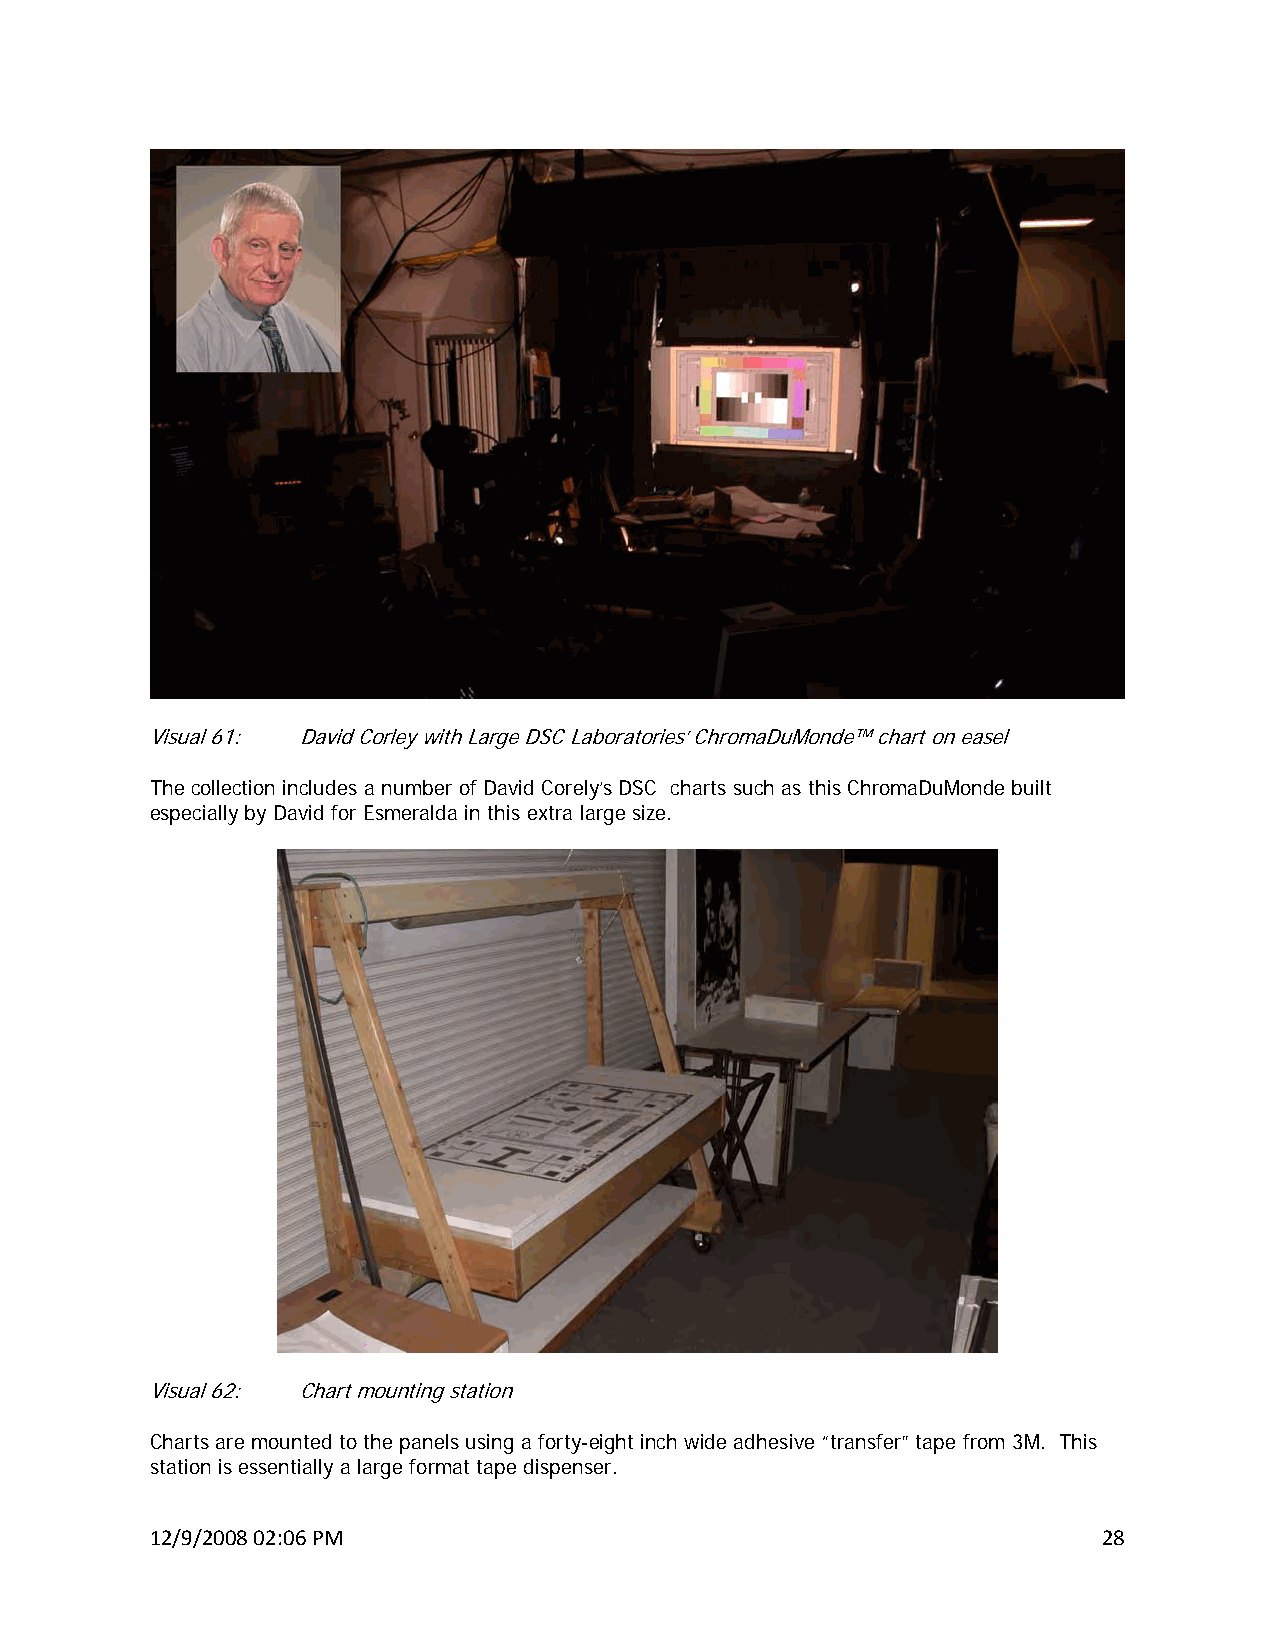
Visual 61: David Corley with Large DSC Laboratories’ ChromaDuMonde™ chart on easel
 The collection includes a number of David Corely’s DSC charts such as this ChromaDuMonde built
 especially by David for Esmeralda in this extra large size.
 Visual 62: Chart mounting station
 Charts are mounted to the panels using a forty-eight inch wide adhesive “transfer” tape from 3M. This
 station is essentially a large format tape dispenser.
 12/9/2008 02:06 PM                                             28